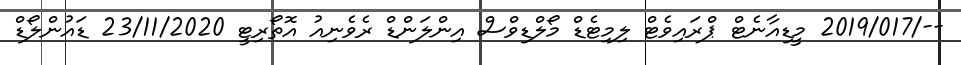
--/2019/017 މީޑިއާނެޓް ޕްރައިވެޓް ލިމިޓެޑް މޯލްޑިވްސް އިންލަންޑް ރެވެނިއު އޮތޯރިޓީ 23/11/2020 ޑައުންލޯޑް